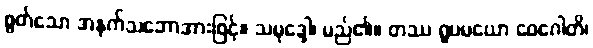
စွတ်သော အနက်သဘောအားဖြင့်။ သမုဒ္ဒေါ၊ မည်၏။ တဿ ရူပမယော ဝေဂေါတိ၊